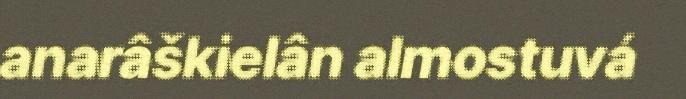
anarâškielân almostuvá